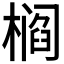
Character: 𰘠